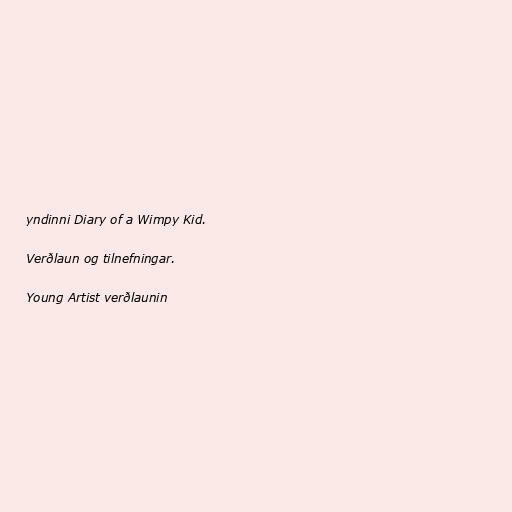
yndinni Diary of a Wimpy Kid.

Verðlaun og tilnefningar.

Young Artist verðlaunin